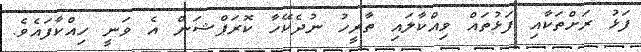
ފަޅު ރަށްތަކާއި ފަޅުތައް ވިއްކާލައި ތާރީހު ނުދެކޭހާ ކޮރަޕްޝަން އެ ވަނީ ހިއްކާފައެވެ.